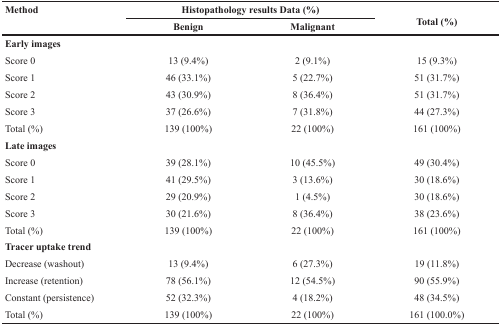
| <ROWSPAN=2> Method | <COLSPAN=2> Histopathology results Data (%) | <ROWSPAN=2> Total (%) |
 | Benign | Malignant |
 | --- | --- | --- | --- |
 | Early images |  |  |  |
 | Score 0 | 13 (9.4%) | 2 (9.1%) | 15 (9.3%) |
 | Score 1 | 46 (33.1%) | 5 (22.7%) | 51 (31.7%) |
 | Score 2 | 43 (30.9%) | 8 (36.4%) | 51 (31.7%) |
 | Score 3 | 37 (26.6%) | 7 (31.8%) | 44 (27.3%) |
 | Total (%) | 139 (100%) | 22 (100%) | 161 (100%) |
 | Late images |  |  |  |
 | Score 0 | 39 (28.1%) | 10 (45.5%) | 49 (30.4%) |
 | Score 1 | 41 (29.5%) | 3 (13.6%) | 30 (18.6%) |
 | Score 2 | 29 (20.9%) | 1 (4.5%) | 30 (18.6%) |
 | Score 3 | 30 (21.6%) | 8 (36.4%) | 38 (23.6%) |
 | Total (%) | 139 (100%) | 22 (100%) | 161 (100%) |
 | Tracer uptake trend |  |  |  |
 | Decrease (washout) | 13 (9.4%) | 6 (27.3%) | 19 (11.8%) |
 | Increase (retention) | 78 (56.1%) | 12 (54.5%) | 90 (55.9%) |
 | Constant (persistence) | 52 (32.3%) | 4 (18.2%) | 48 (34.5%) |
 | Total (%) | 139 (100%) | 22 (100%) | 161 (100.0%) |